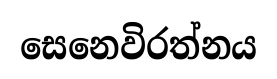
සෙනෙවිරත්නය